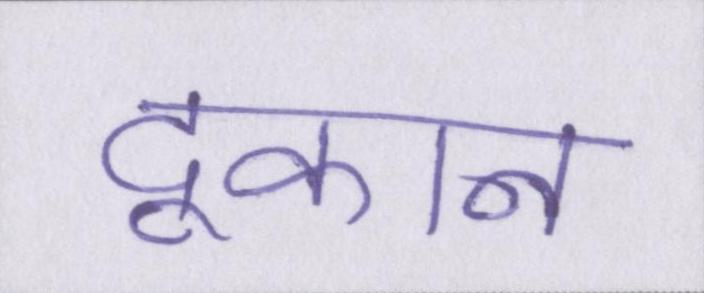
दूकान